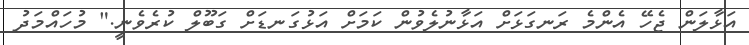
އަޅާލަން ޖެހޭ އެންމެ ރަނގަޅަށް އަޅާނުލެވުން ކަމަށް އަޅުގަނޑަށް ގަބޫލް ކުރެވެނީ." މުހައްމަދު